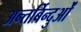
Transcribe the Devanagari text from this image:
अन्तर्बिन्दुओं